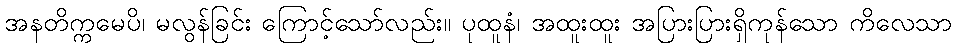
အနတိက္ကမေပိ၊ မလွန်ခြင်း ကြောင့်သော်လည်း။ ပုထူနံ၊ အထူးထူး အပြားပြားရှိကုန်သော ကိလေသာ